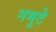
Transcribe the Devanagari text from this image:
नमुटे